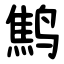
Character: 鹪